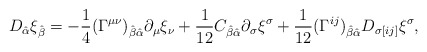
\begin{align*}D_{\hat\alpha} \xi_{\hat\beta}=-{\frac{1}{4}}(\Gamma^{\mu\nu})_{\hat\beta\hat\alpha} \partial_\mu\xi_\nu+{\frac{1}{12}}C_{\hat\beta\hat\alpha} \partial_\sigma\xi^\sigma+{\frac{1}{12}}(\Gamma^{ij})_{\hat\beta\hat\alpha}D_{\sigma[ij]} \xi^{\sigma},\end{align*}